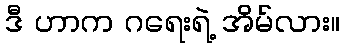
ဒီ ဟာက ဂရေးရဲ့ အိမ်လား။